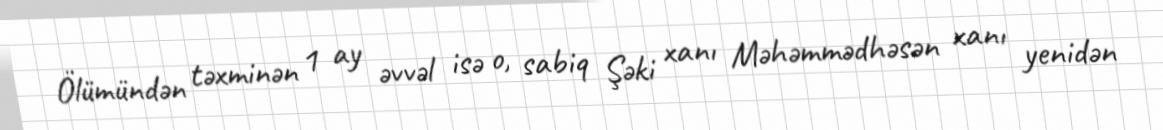
Ölümündən təxminən 1 ay əvvəl isə o, sabiq Şəki xanı Məhəmmədhəsən xanı yenidən